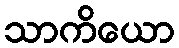
သာကိယော